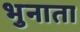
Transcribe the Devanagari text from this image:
भुनाता